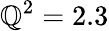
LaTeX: \mathbb{Q}^{2}=2.3